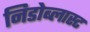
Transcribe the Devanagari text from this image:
निडोब्लास्ट